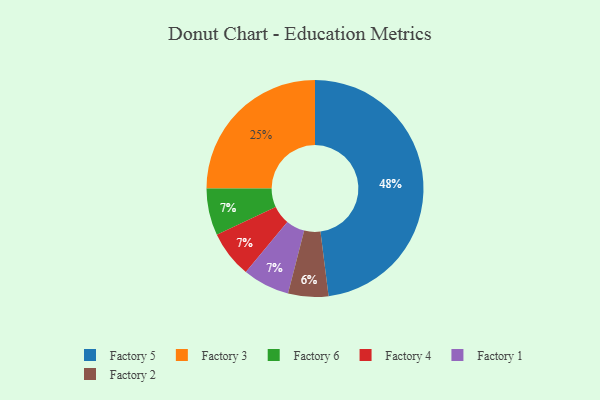
{"axis": {"x": "Category", "y": "Percentage"}, "legend": ["Factory 1", "Factory 2", "Factory 3", "Factory 4", "Factory 5", "Factory 6"], "data": [{"x": "Factory 6", "y": 7, "type": "Factory 6"}, {"x": "Factory 4", "y": 7, "type": "Factory 4"}, {"x": "Factory 2", "y": 6, "type": "Factory 2"}, {"x": "Factory 3", "y": 25, "type": "Factory 3"}, {"x": "Factory 1", "y": 7, "type": "Factory 1"}, {"x": "Factory 5", "y": 48, "type": "Factory 5"}]}